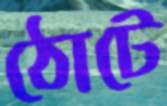
ঠোটে